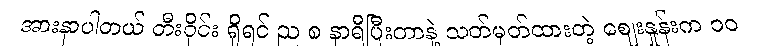
အားနာပါတယ် တီးဝိုင်း ရှိရင် ည ၈ နာရီပြီးတာနဲ့ သတ်မှတ်ထားတဲ့ ဈေးနှုန်းက ၁၀